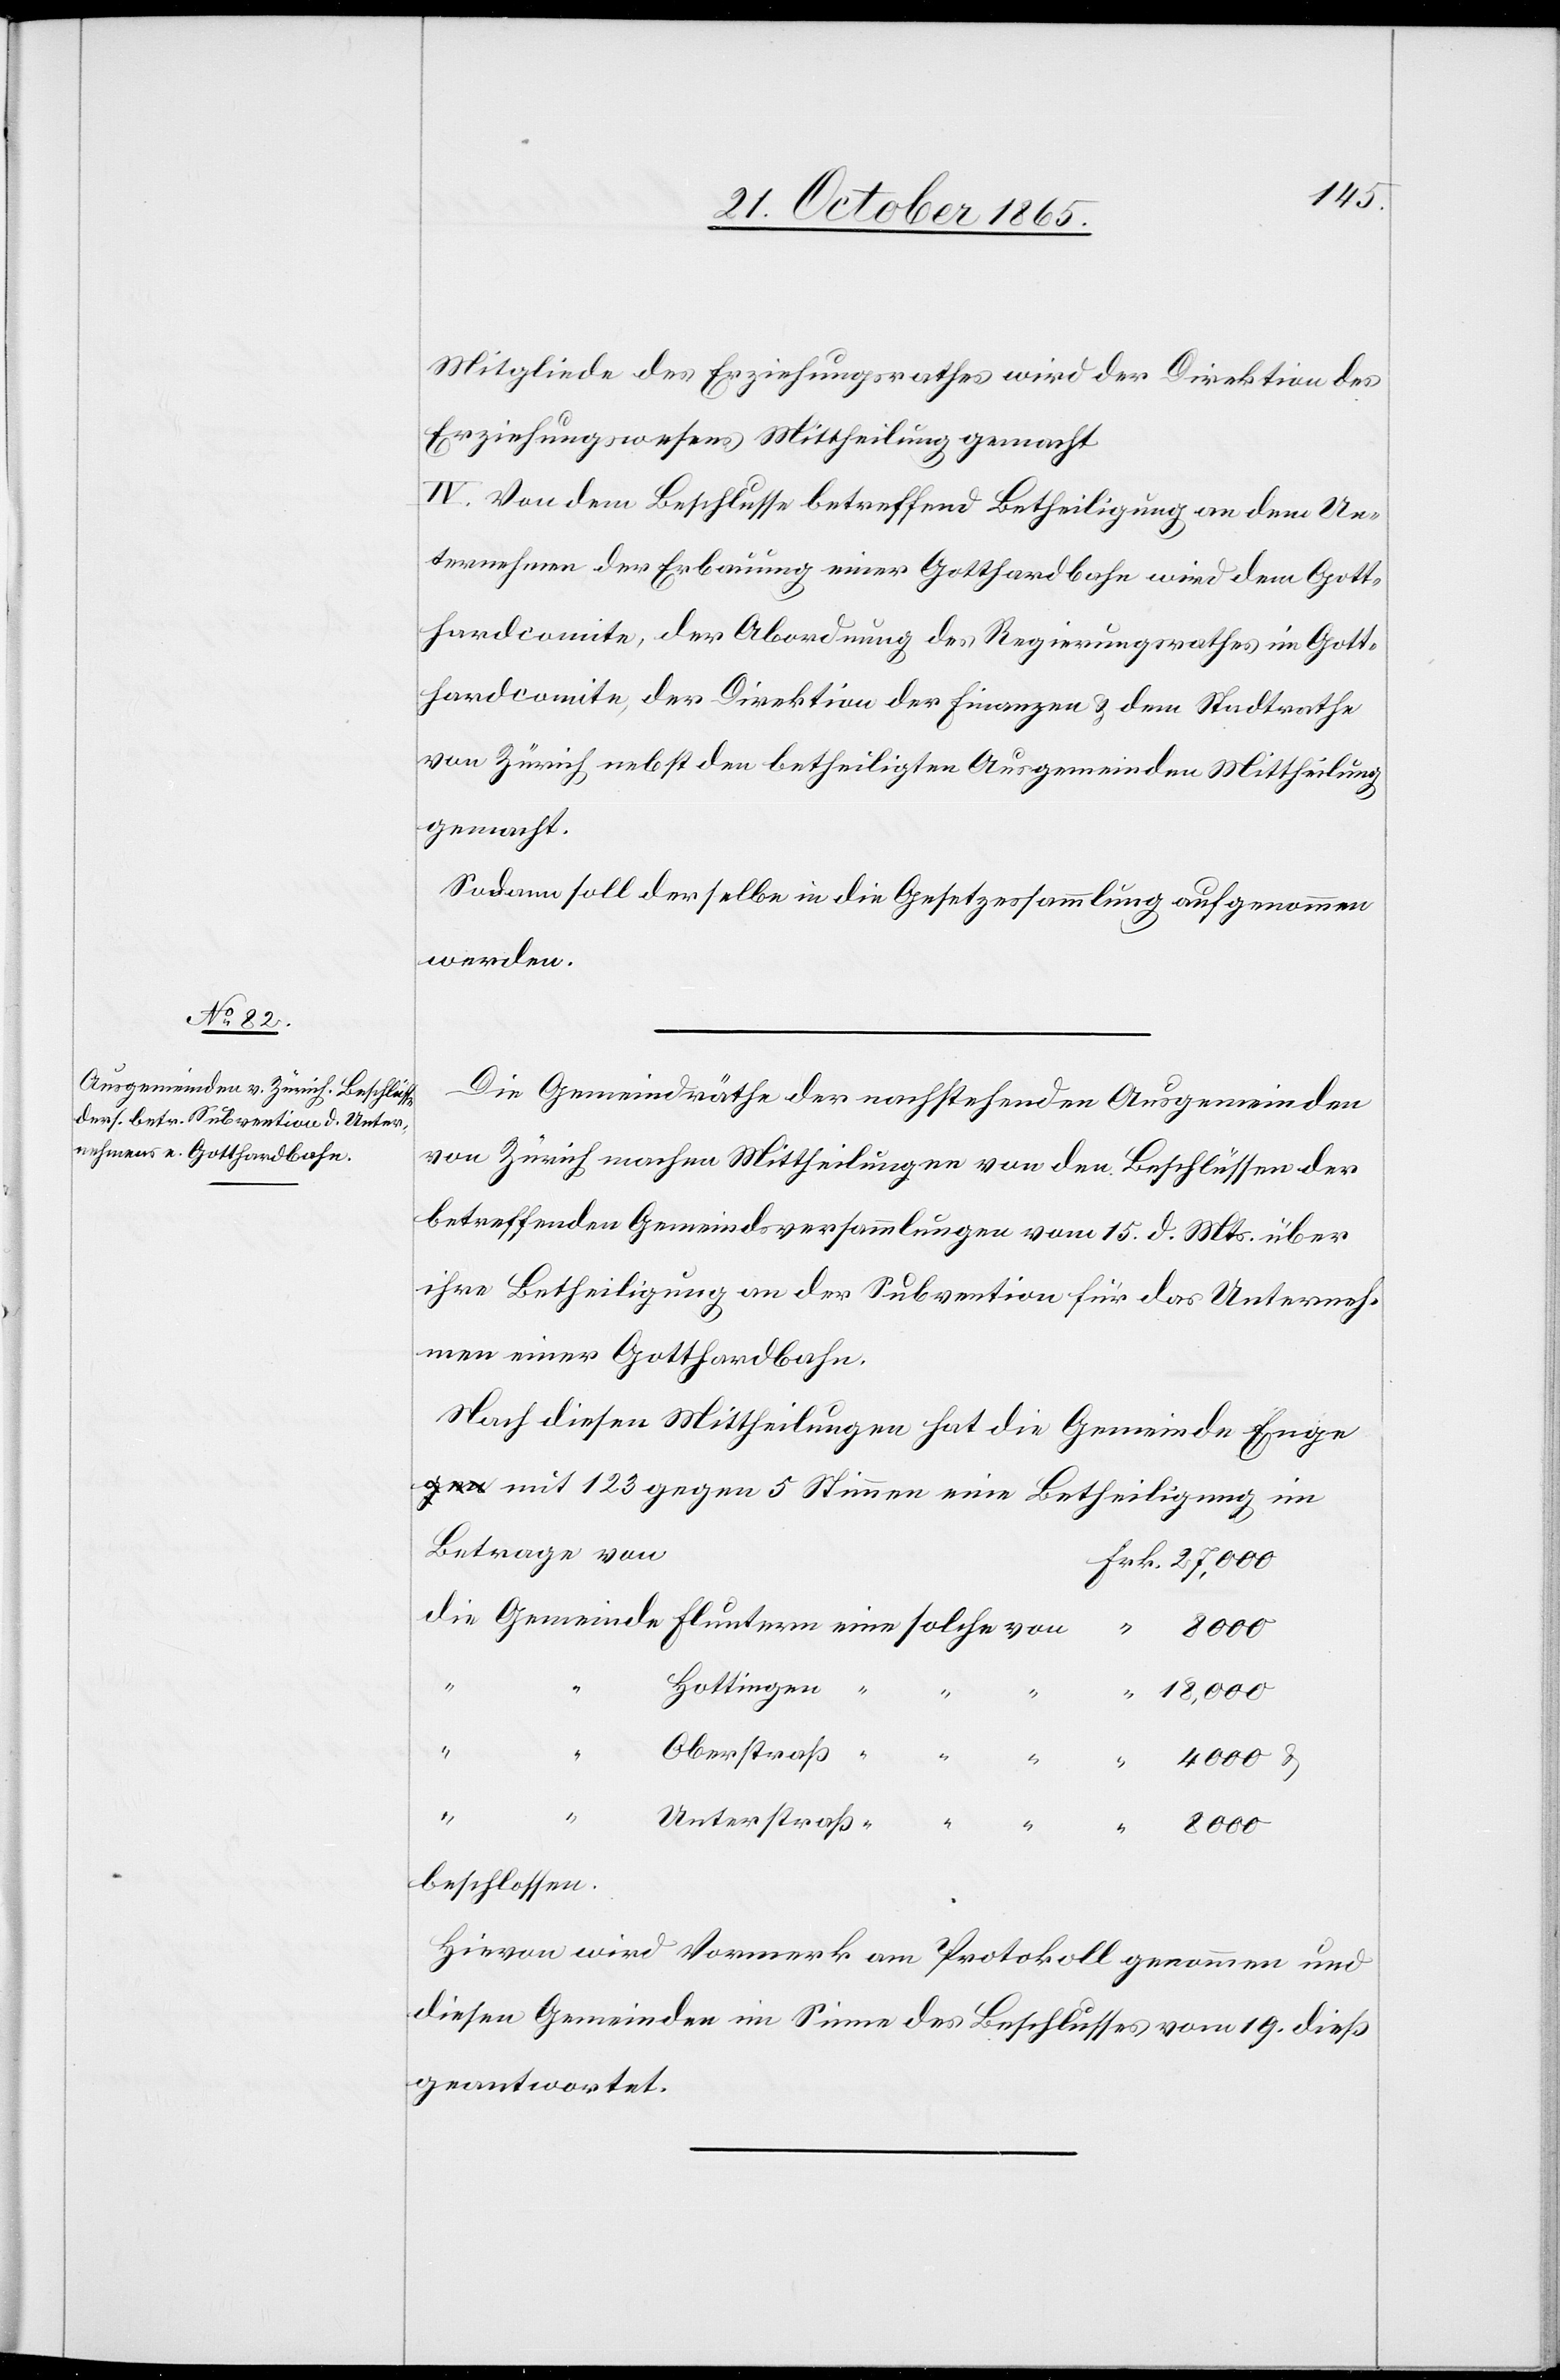
123
Mitgliede des Erziehungsrathes wird der Direktion des
Erziehungswesens Mittheilung gemacht.
IV. Von dem Beschlusse betreffend Betheiligung an dem Un¬
ternehmen der Erbauung einer Gotthardbahn wird dem Gott¬
hardcomite, der Abordnung des Regierungsrathes im Gott¬
hardcomite, der Direktion der Finanzen & dem Stadtrathe
von Zürich, nebst den betheiligten Ausgemeinden Mittheilung
gemacht.
Sodann soll derselbe in die Gesetzessammlung aufgenommen
werden.
Die Gemeindräthe der nachstehenden Ausgemeinden
von Zürich machen Mittheilungen von den Beschlüssen der
betreffenden Gemeindsversammlungen vom 15. d. Mts. über
ihre Betheiligung an der Subvention für das Unterneh¬
men einer Gotthardbahn.
Nach diesen Mittheilungen hat die Gemeinde Enge
Betrage von
5
Unterstraß
8000
beschlossen.
Hievon wird Vormerk am Protokoll genommen und
diesen Gemeinden im Sinne des Beschlusses vom 19. dieß
geantwortet.